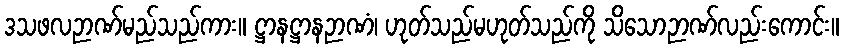
ဒသဖလဉာဏ်မည်သည်ကား။ ဋ္ဌာနဋ္ဌာနဉာဏံ၊ ဟုတ်သည်မဟုတ်သည်ကို သိသောဉာဏ်လည်းကောင်း။